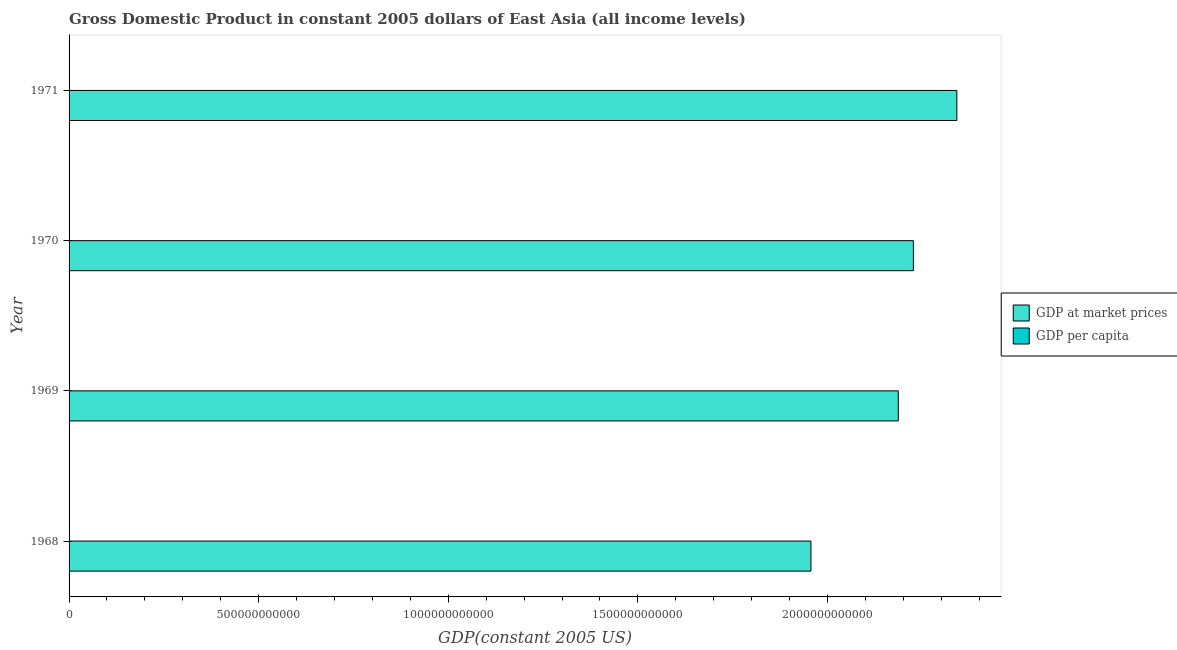
| Year | GDP at market prices | GDP per capita |
 | --- | --- | --- |
 | 1968 | 1.96e+12 | 1.6e+03 |
 | 1969 | 2.19e+12 | 1.74e+03 |
 | 1970 | 2.23e+12 | 1.73e+03 |
 | 1971 | 2.34e+12 | 1.77e+03 |